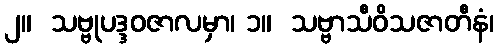
၂။  သဗ္ဗုပဒ္ဒဝဇာလမှာ၊ ၁။  သဗ္ဗာသီဝိသဇာတီနံ၊